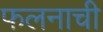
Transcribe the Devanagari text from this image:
फलनाची